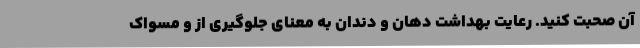
آن صحبت کنید. رعایت بهداشت دهان و دندان به معنای جلوگیری از و مسواک